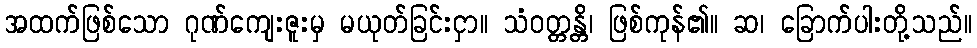
အထက်ဖြစ်သော ဂုဏ်ကျေးဇူးမှ မယုတ်ခြင်းငှာ။ သံဝတ္တန္တိ၊ ဖြစ်ကုန်၏။ ဆ၊ ခြောက်ပါးတို့သည်။